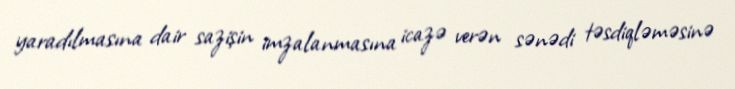
yaradılmasına dair sazişin imzalanmasına icazə verən sənədi təsdiqləməsinə